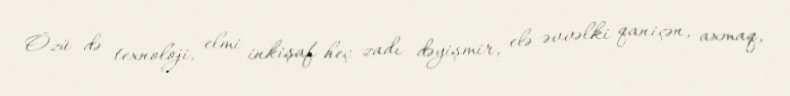
Özü də texnoloji, elmi inkişaf heç zadı dəyişmir, elə əvvəlki qaniçən, axmaq,